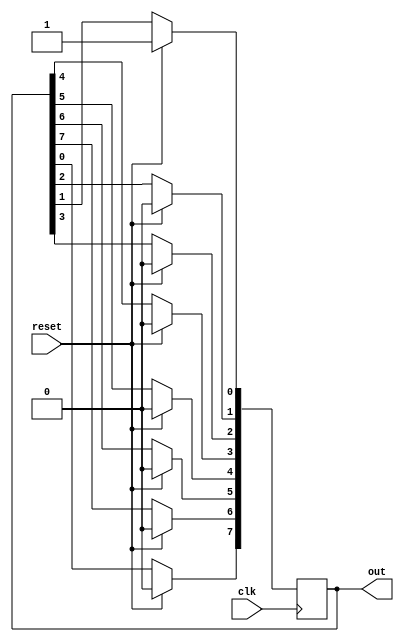
`timescale 1ns / 1ps
//////////////////////////////////////////////////////////////////////////////////
// Company: 
// Engineer: 
// 
// Design Name: 
// Module Name:    RingCounter 
// Project Name: 
// Target Devices: 
// Tool versions: 
// Description: 
//
// Dependencies: 
//
// Revision: 
// Revision 0.01 - File Created
// Additional Comments: 
//
//////////////////////////////////////////////////////////////////////////////////
module RingCounter(
    input clk,
    input reset,
    output reg[7:0] out
    );

always @(posedge clk)
begin
	if(reset)
		out<=8'b00000001; //start
	else
	begin
	out[7]<=out[0];
	out[6]<=out[7];
	out[5]<=out[6];
	out[4]<=out[5];
	out[3]<=out[4];
	out[2]<=out[3];
	out[1]<=out[2];
	out[0]<=out[1];
	end
	end
endmodule